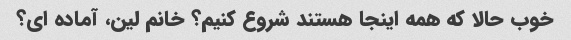
خوب حالا که همه اینجا هستند شروع کنیم؟ خانم لین، آماده ای؟